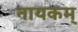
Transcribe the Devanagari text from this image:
नायकम्‌